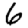
Digit: 6